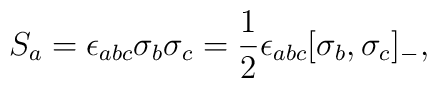
S_{a} = \epsilon_{abc}\sigma_{b}\sigma_{c} =\frac{1}{2}\epsilon_{abc}[\sigma_{b},\sigma_{c}]_{-} ,